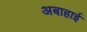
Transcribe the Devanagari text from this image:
अबाहाई